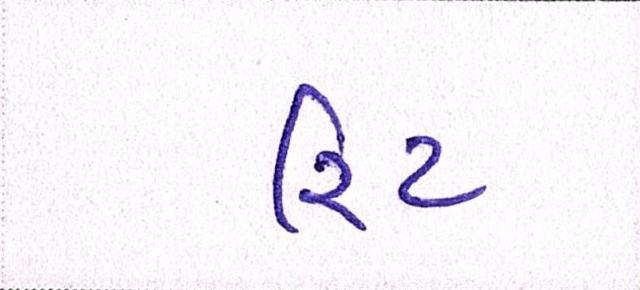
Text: રિટ